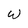
Character: W